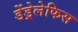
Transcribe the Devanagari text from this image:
डेंड्रेलेफिस